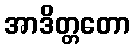
အာဒိတ္တတော